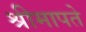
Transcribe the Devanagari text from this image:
श्रीमापते